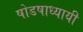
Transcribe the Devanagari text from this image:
षोडषाध्यायी